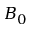
B _ { 0 }